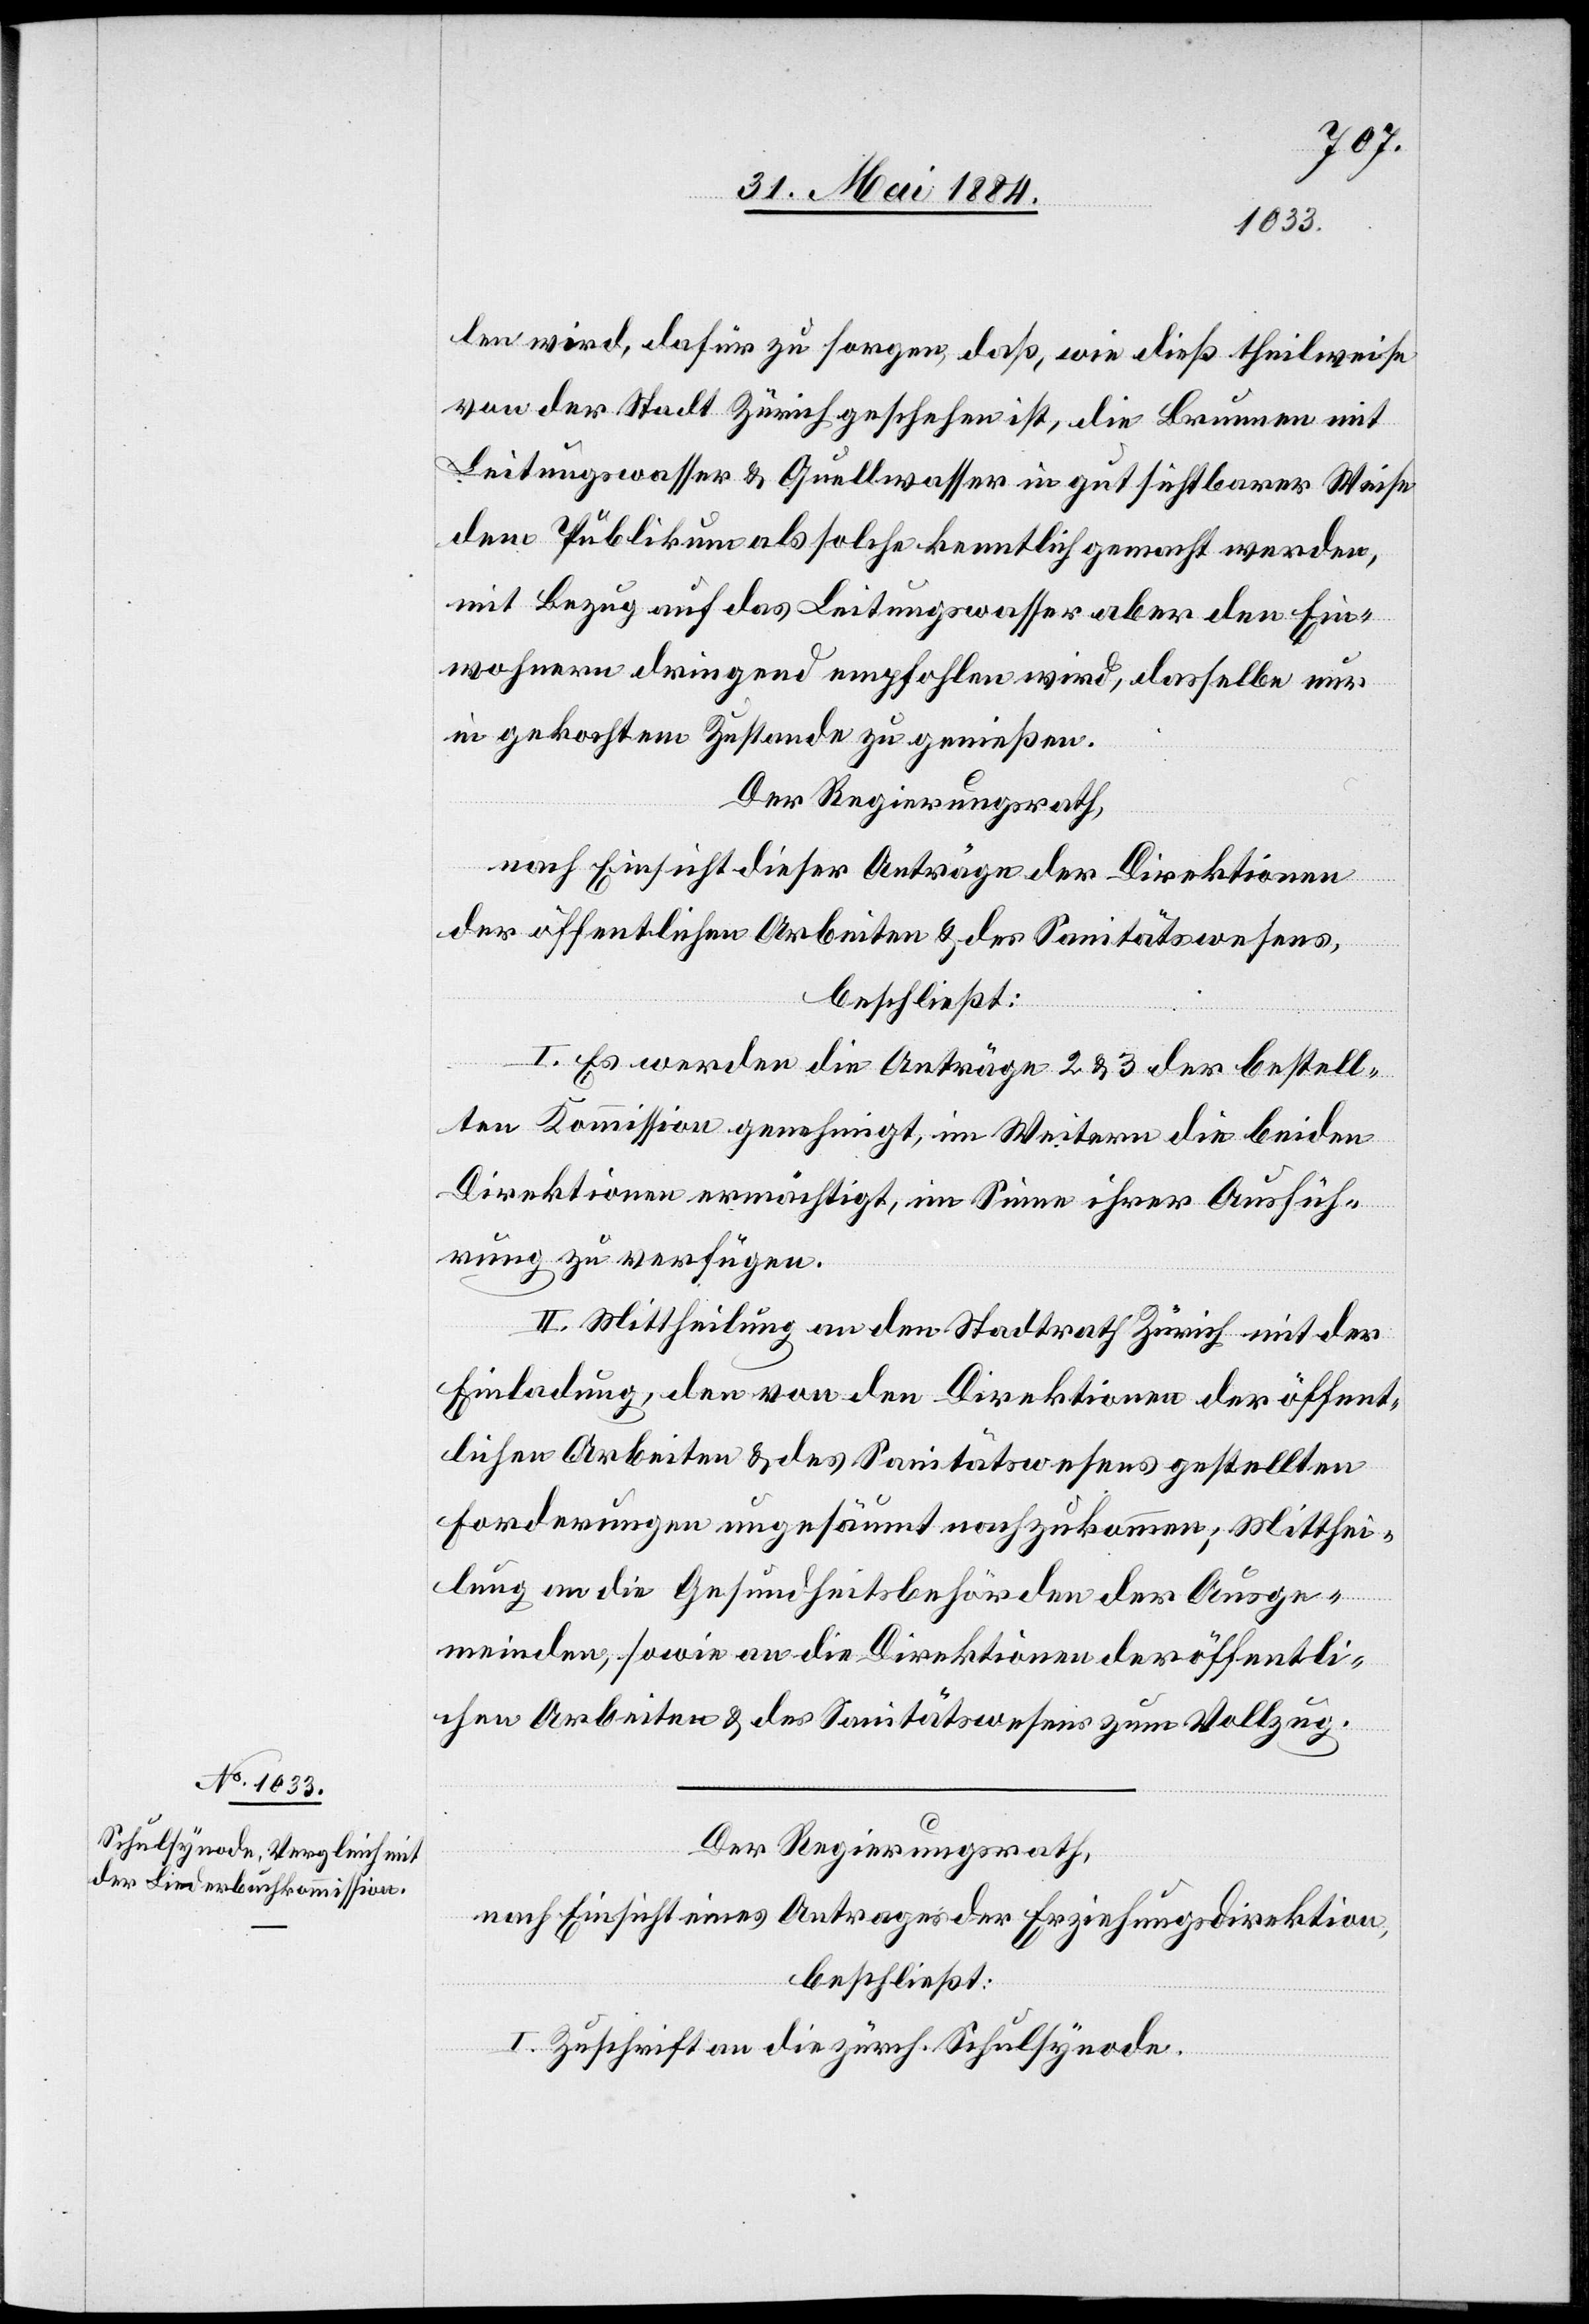
len wird, dafür zu sorgen, daß, wie dieß theilweise
von der Stadt Zürich geschehen ist, die Brunnen mit
Leitungswasser & Quellwasser in gut sichtbarer Weise
dem Publikum als solche kenntlich gemacht werden,
mit Bezug auf das Leitungswasser aber den Ein¬
wohnern dringend empfohlen wird, dasselbe nur
in gekochtem zustande zu genießen.
Der Regierungsrath,
nach Einsicht dieser Anträge der Direktionen
der öffentlichen Arbeiten & des Sanitätswesens,
beschließt:
I. Es werden die Anträge 2 & 3 der bestell¬
ten Kommission genehmigt, im Weitern die beiden
Direktionen ermächtigt, im Sinne ihrer Ausfüh¬
rungen zu verfügen.
II. Mittheilung an den Stadtrath Zürich mit der
Einladung, den von den Direktionen der öffent¬
lichen Arbeiten & des Sanitätswesens gestellten
Forderungen ungesäumt nachzukommen; Mitthei¬
lung an die Gesundheitsbehörden der Ausge¬
meinden, sowie an die Direktion der öffentli¬
chen Arbeiten & des Sanitätswesens zum Vollzug.
Der Regierungsrath,
nach Einsicht eines Antrages der Erziehungsdirektion,
beschließt:
I. Zuschrift an die zürch. Schulsynode.